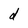
Character: d